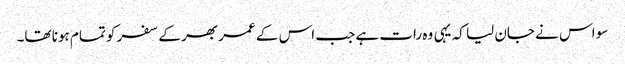
سو اس نے جان لیا کہ یہی وہ رات ہے جب اس کے عمر بھر کے سفر کو تمام ہونا تھا۔